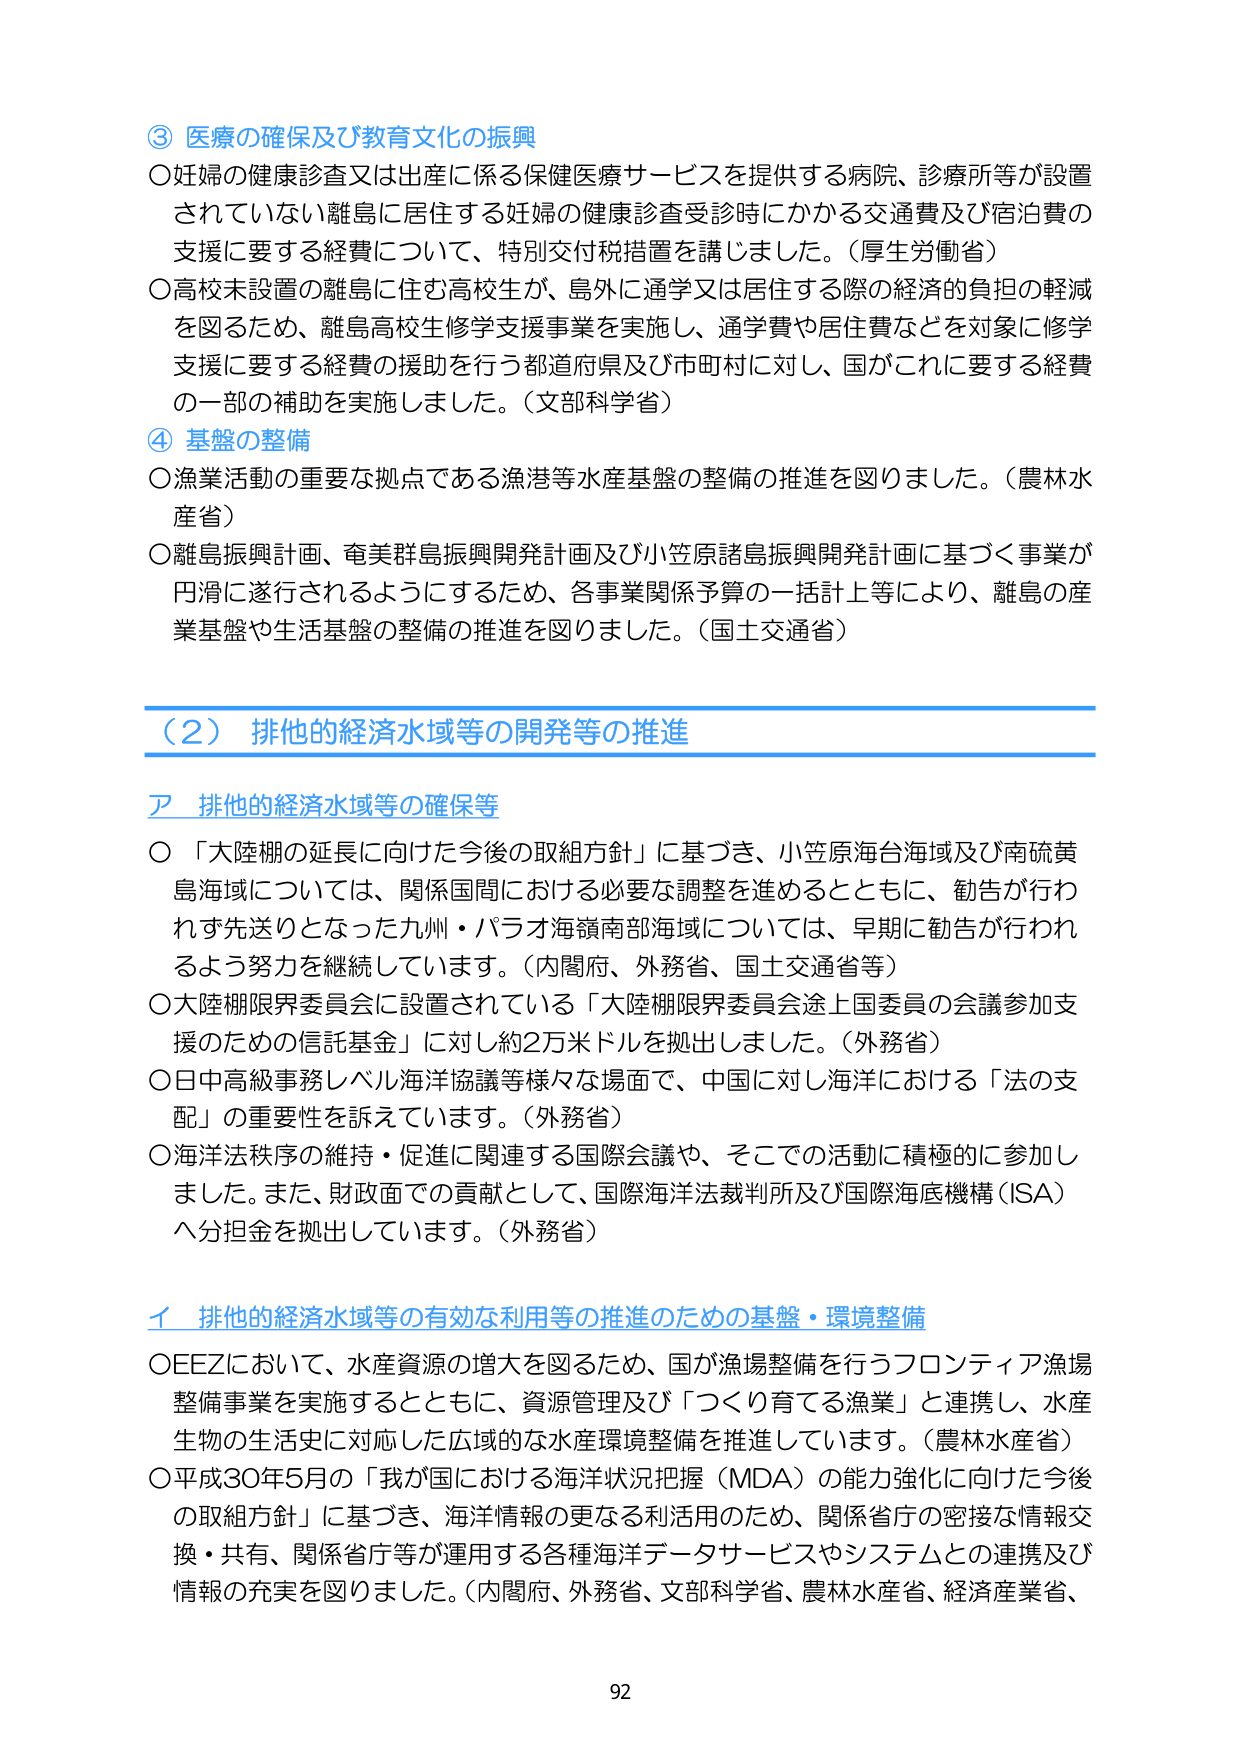
③ 医療の確保及び教育文化の振興
○妊婦の健康診査又は出産に係る保健医療サービスを提供する病院、診療所等が設置されていない離島に居住する妊婦の健康診査受診時にかかる交通費及び宿泊費の支援に要する経費について、特別交付税措置を講じました。（厚生労働省）
○高校未設置の離島に住む高校生が、島外に通学又は居住する際の経済的負担の軽減を図るため、離島高校生修学支援事業を実施し、通学費や居住費などを対象に修学支援に要する経費の援助を行う都道府県及び市町村に対し、国がこれに要する経費の一部の補助を実施しました。（文部科学省）

④ 基盤の整備
○漁業活動の重要な拠点である漁港等水産基盤の整備の推進を図りました。（農林水産省）
○離島振興計画、奄美群島振興開発計画及び小笠原諸島振興開発計画に基づく事業が円滑に遂行されるようにするため、各事業関係予算の一括計上等により、離島の産業基盤や生活基盤の整備の推進を図りました。（国土交通省）

（２） 排他的経済水域等の開発等の推進

ア 排他的経済水域等の確保等
○「大陸棚の延長に向けた今後の取組方針」に基づき、小笠原海台海域及び南硫黄島海域については、関係国間における必要な調整を進めるとともに、勧告が行われず先送りとなった九州・パラオ海嶺南部海域については、早期に勧告が行われるよう努力を継続しています。（内閣府、外務省、国土交通省等）
○大陸棚限界委員会に設置されている「大陸棚限界委員会途上国委員の会議参加支援のための信託基金」に対し約2万米ドルを拠出しました。（外務省）
○日中高級事務レベル海洋協議等様々な場面で、中国に対し海洋における「法の支配」の重要性を訴えています。（外務省）
○海洋法秩序の維持・促進に関連する国際会議や、そこでの活動に積極的に参加しました。また、財政面での貢献として、国際海洋法裁判所及び国際海底機構（ISA）へ分担金を拠出しています。（外務省）

イ 排他的経済水域等の有効な利用等の推進のための基盤・環境整備
○EEZにおいて、水産資源の増大を図るため、国が漁場整備を行うフロンティア漁場整備事業を実施するとともに、資源管理及び「つくり育てる漁業」と連携し、水産生物の生活史に対応した広域的な水産環境整備を推進しています。（農林水産省）
○平成30年5月の「我が国における海洋状況把握（MDA）の能力強化に向けた今後の取組方針」に基づき、海洋情報の更なる利活用のため、関係省庁の密接な情報交換・共有、関係省庁等が運用する各種海洋データサービスやシステムとの連携及び情報の充実を図りました。（内閣府、外務省、文部科学省、農林水産省、経済産業省、

92